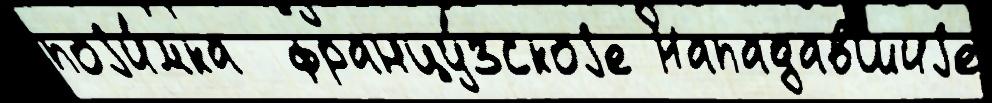
поjи́мка  францу́зскоjе Нападавшиjе